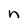
Character: n